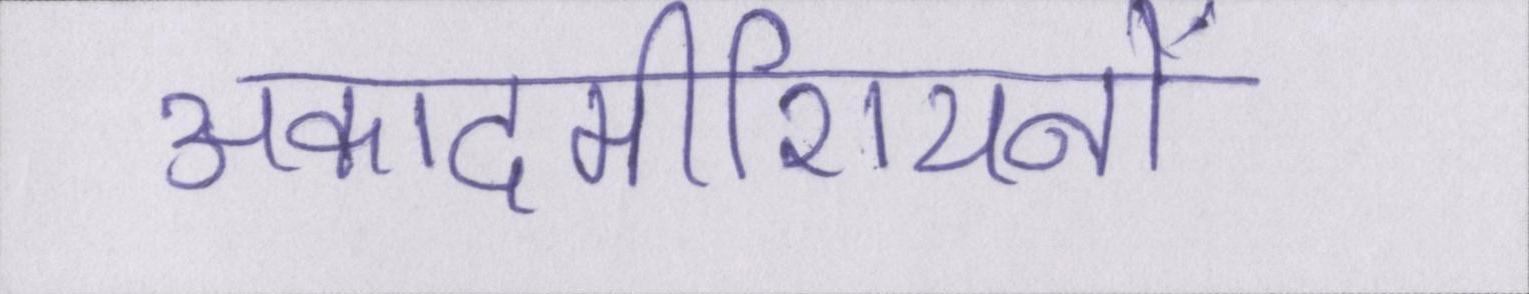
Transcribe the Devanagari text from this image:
अकादमीशियनों